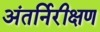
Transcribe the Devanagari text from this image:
अंतर्निरीक्षण